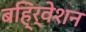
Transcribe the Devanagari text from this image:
बहि्र्वेशन